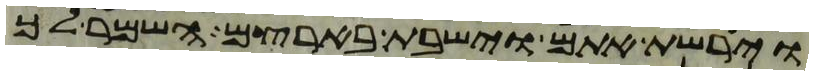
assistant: וירשת אתם וישבת בארצם השמר לך